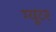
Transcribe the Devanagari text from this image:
ग्यूटर